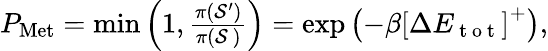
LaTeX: \begin{array}{r}{P_{\mathrm{Met}}=\operatorname*{min}\left(1,\frac{\pi(\mathcal{S}^{\prime})}{\pi(\mathcal{S}~)}\right)=\exp\left(-\beta\left[\Delta E_{\mathrm{~t~o~t~}}\right]^{+}\right),}\end{array}